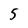
Character: 5